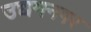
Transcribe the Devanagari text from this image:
उद्यमनगर